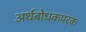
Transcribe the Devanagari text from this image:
अर्थबोधकपरक